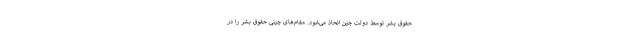
حقوق بشر توسط دولت چین اتحاذ می‌شود. مقام‌های چینی حقوق بشر را در